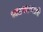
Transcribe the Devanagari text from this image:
धडपडणारे